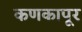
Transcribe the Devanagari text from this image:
कणकापूर